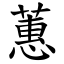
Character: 蕙